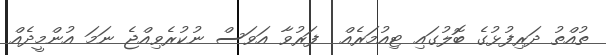
ތުއްތު ދަރިފުޅުގެ ބޮލުގައި ޓިއުމަރެއް  ފަރުވާ އަވަސް ނުކުރެވިއްޖެ ނަމަ އުންމީދެއް